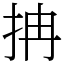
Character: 抩